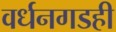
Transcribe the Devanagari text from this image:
वर्धनगडही